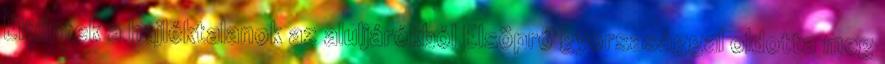
Eltűntek a hajléktalanok az aluljárókból Elsöprő gyorsasággal oldotta meg